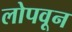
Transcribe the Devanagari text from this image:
लोपवून